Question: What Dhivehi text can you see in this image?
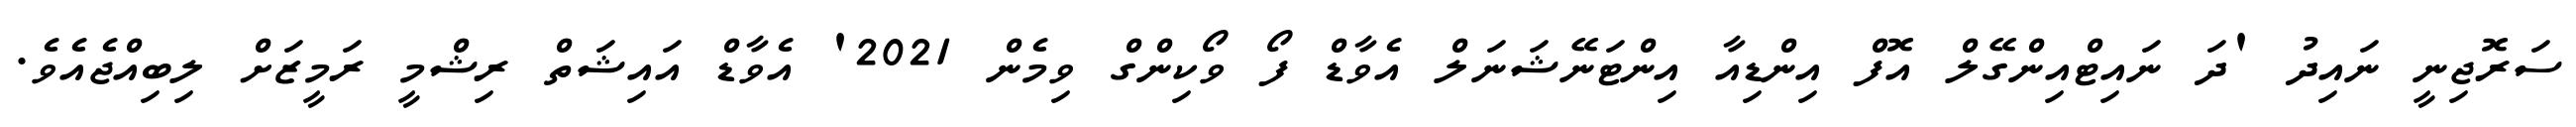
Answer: ސަރޮޖިނީ ނައިދު 'ދަ ނައިޓްއިންގޭލް އޮފް އިންޑިއާ އިންޓަނޭޝަނަލް އެވާޑް ފޯ ވޯކިންގް ވިމެން 2021' އެވާޑް އައިޝަތް ރިޝްމީ ރަމީޒަށް ލިބިއްޖެއެވެ.